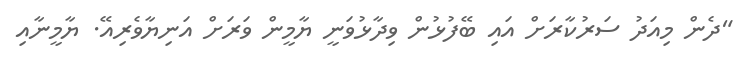
"ދެން މިއަދު ސަރުކާރަށް އައި ބޭފުޅުން ވިދާޅުވަނީ ޔާމީން ވަރަށް އަނިޔާވެރިއޭ. ޔާމީނާއި